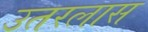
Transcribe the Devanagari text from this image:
उतरलास